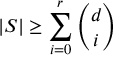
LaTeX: | S | \geq \sum _ { i = 0 } ^ { r } { \binom { d } { i } }